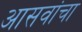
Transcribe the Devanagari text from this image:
आसवांचा